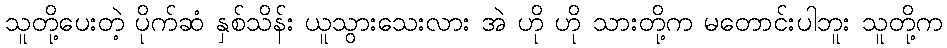
သူတို့ပေးတဲ့ ပိုက်ဆံ နှစ်သိန်း ယူသွားသေးလား အဲ ဟို ဟို သားတို့က မတောင်းပါဘူး သူတို့က